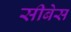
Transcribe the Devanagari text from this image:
सीबेस